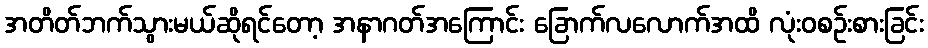
အတိတ်ဘက်သွားမယ်ဆိုရင်တော့ အနာဂတ်အကြောင်း ခြောက်လလောက်အထိ လုံးဝစဉ်းစားခြင်း